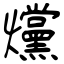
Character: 爣